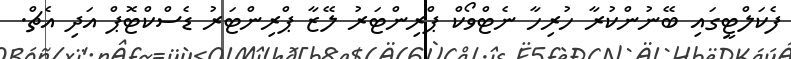
ފެކަލްޓީގައި ބޭނުންކުރާ ހުރިހާ ނެޓްވޯކް ޕްރިންޓަރު ލޭޒާ ޕްރިންޓަރު ޑެސްކްޓޮޕް އަދި އެޗް.